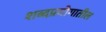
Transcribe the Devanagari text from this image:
शब्दप्रयोगातील